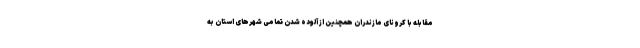
مقابله با کرونای مازندران همچنین از آلوده شدن تمامی شهرهای استان به